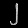
Digit: ၂